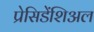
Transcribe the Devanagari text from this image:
प्रेसिडेंशिअल